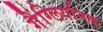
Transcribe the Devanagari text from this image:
गैंग्लियनिक